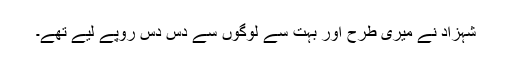
شہزاد نے میری طرح اور بہت سے لوگوں سے دس دس روپے لیے تھے۔